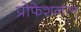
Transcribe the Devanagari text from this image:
प्रोफेशनल्